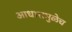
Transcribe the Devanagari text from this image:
आधारामुळेच